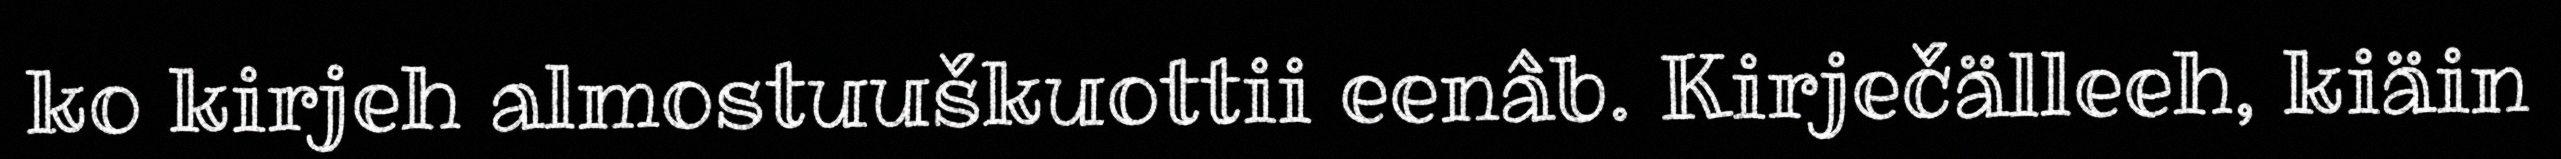
ko kirjeh almostuuškuottii eenâb. Kirječälleeh, kiäin